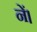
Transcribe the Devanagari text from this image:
नें।